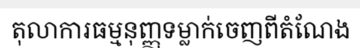
តុលាការធម្មនុញ្ញទម្លាក់ចេញពីតំណែង